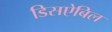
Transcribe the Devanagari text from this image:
डिसऐबिल